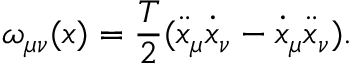
\omega _ { \mu \nu } ( x ) = { \frac { T } { 2 } } ( \ddot { x } _ { \mu } \dot { x } _ { \nu } - \dot { x } _ { \mu } \ddot { x } _ { \nu } ) .